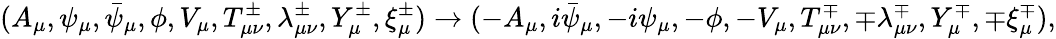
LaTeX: (A_{\mu},\psi_{\mu},\bar{\psi}_{\mu},\phi,V_{\mu},T_{\mu\nu}^{\pm},\lambda_{\mu\nu}^{\pm},Y_{\mu}^{\pm},\xi_{\mu}^{\pm})\rightarrow(-A_{\mu},i\bar{\psi}_{\mu},-i\psi_{\mu},-\phi,-V_{\mu},T_{\mu\nu}^{\mp},\mp\lambda_{\mu\nu}^{\mp},Y_{\mu}^{\mp},\mp\xi_{\mu}^{\mp}),